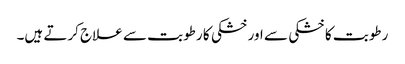
رطوبت کا خشکی سے اور خشکی کا رطوبت سے علاج کرتے ہیں۔